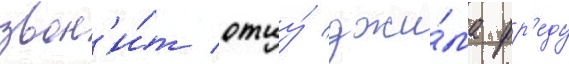
звон'и́т отцу́ джи́ма фр'еду